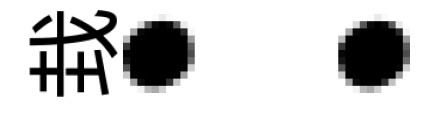
㘽：